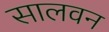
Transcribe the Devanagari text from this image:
सालवन